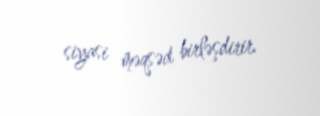
siyasi məqsəd birləşdirir.